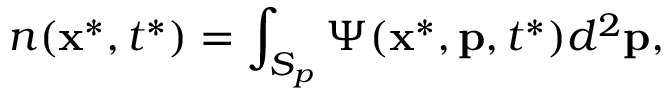
n ( \mathbf { x } ^ { * } , t ^ { * } ) = \int _ { S _ { p } } \Psi ( \mathbf { x } ^ { * } , \mathbf { p } , t ^ { * } ) d ^ { 2 } \mathbf { p } ,